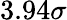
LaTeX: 3.94\sigma